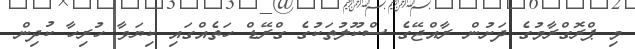
މި ޕްރޮގްރާމުގެ ދަށުން ރާއްޖޭގެ ސްކޫލުތަކުގެ ގްރޭޑް ހަތެއްގައި ކިޔަވާ ހުރިހާ ކުދިން